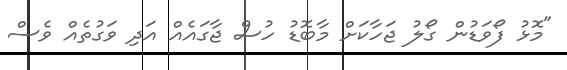
"މޮޅު ފޯވަޑުން ގޯލު ޖަހާކަށް މާބޮޑު ހުސް ޖާގައެއް އަދި ވަގުތެއް ވެސް